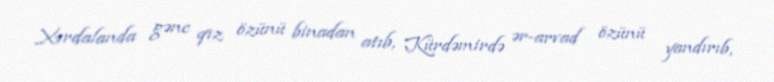
Xırdalanda gənc qız özünü binadan atıb, Kürdəmirdə ər-arvad özünü yandırıb,